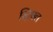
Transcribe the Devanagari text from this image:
स्ट्रिपल